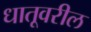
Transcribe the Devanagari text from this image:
धातूवरील